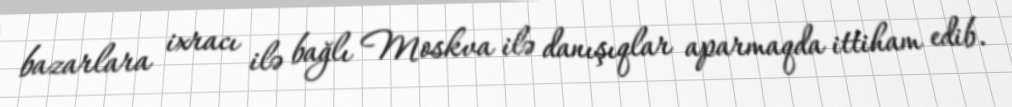
bazarlara ixracı ilə bağlı Moskva ilə danışıqlar aparmaqda ittiham edib.